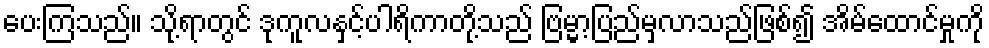
ပေးကြသည်။ သို့ရာတွင် ဒုကူလနှင့်ပါရိကာတို့သည် ဗြမ္မာ့ပြည်မှလာသည်ဖြစ်၍ အိမ်ထောင်မှုကို